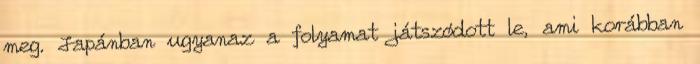
meg. Japánban ugyanaz a folyamat játszódott le, ami korábban